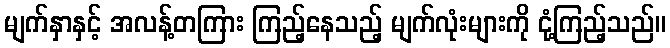
မျက်နှာနှင့် အလန့်တကြား ကြည့်နေသည့် မျက်လုံးများကို ငုံ့ကြည့်သည်။